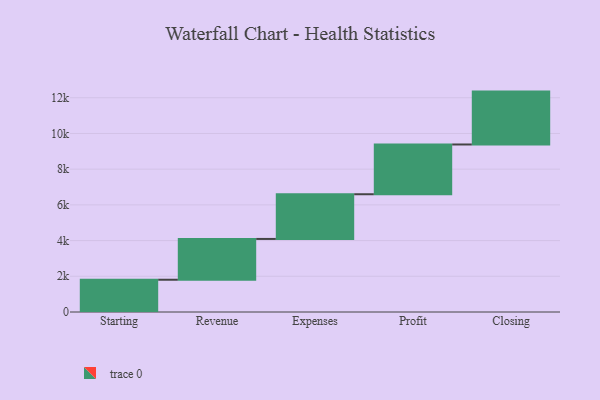
{"axis": {"x": "Step", "y": "Value"}, "legend": [""], "data": [{"x": "Starting", "y": 1807.0, "type": ""}, {"x": "Revenue", "y": 2285.0, "type": ""}, {"x": "Expenses", "y": 2504.0, "type": ""}, {"x": "Profit", "y": 2787.0, "type": ""}, {"x": "Closing", "y": 2962.0, "type": ""}]}